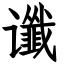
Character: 谶